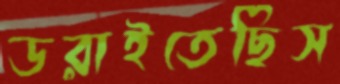
ডরাইতেছিস